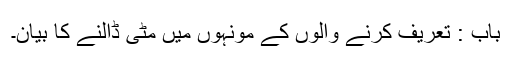
باب : تعریف کرنے والوں کے مونہوں میں مٹی ڈالنے کا بیان۔